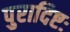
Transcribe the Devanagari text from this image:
पुरादिष्टः